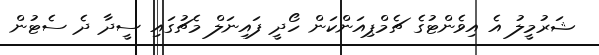
ޝަރުމީލު އެ އިވެންޓުގެ ޗެމްޕިއަންކަން ހޯދީ ފައިނަލް މެޗުގައި ސީދާ ދެ ސެޓުން